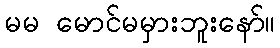
မမ မောင်မမှားဘူးနော်။